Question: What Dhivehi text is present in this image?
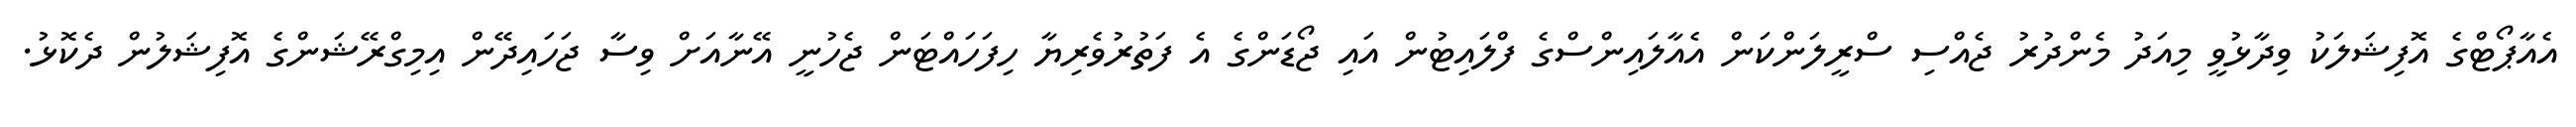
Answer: އެއާޕޯޓްގެ އޮފިޝަލަކު ވިދާޅުވީ މިއަދު މެންދުރު ޖެއްސި ސްރީލަންކަން އެއާލައިންސްގެ ފްލައިޓުން އައި ޖޯޑަންގެ އެ ފަތުރުވެރިޔާ ހިފަހައްޓަން ޖެހުނީ އޭނާއަށް ވިސާ ޖަހައިދޭން އިމިގްރޭޝަންގެ އޮފިޝަލުން ދެކޮޅު.